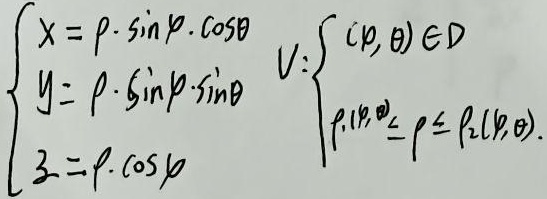
由\(\begin{cases}x = \rho\sin\varphi\cos\theta \\y = \rho\sin\varphi\sin\theta \\z = \rho\cos\varphi\end{cases}\) ，区域\(V\)表示为\(\begin{cases}(\rho,\theta)\in D \\\rho_1(\varphi,\theta)\leq \rho \leq \rho_2(\varphi,\theta)\end{cases}\)